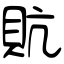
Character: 貥